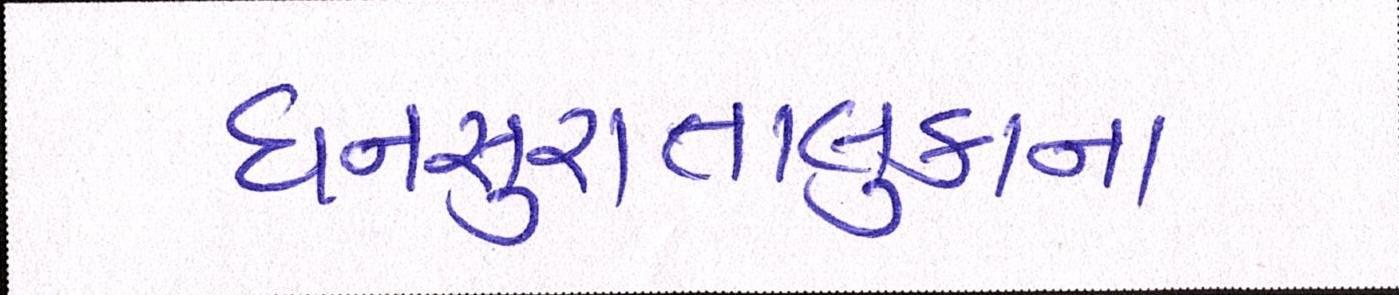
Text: ધનસુરાતાલુકાના